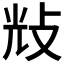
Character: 𢼯